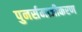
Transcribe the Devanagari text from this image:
पुनर्समाजीकरण